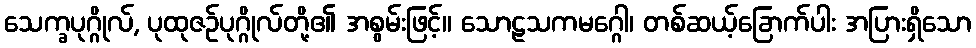
သေက္ခပုဂ္ဂိုလ်, ပုထုဇဉ်ပုဂ္ဂိုလ်တို့၏ အစွမ်းဖြင့်။ သောဠသကမဂ္ဂေါ၊ တစ်ဆယ့်ခြောက်ပါး အပြားရှိသော